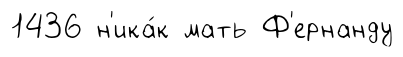
1436 н'ика́к мать Ф'ернанду